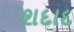
શદાદ